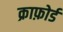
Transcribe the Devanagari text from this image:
क्राफ़ोर्ड